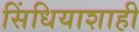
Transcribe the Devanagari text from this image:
सिंधियाशाही